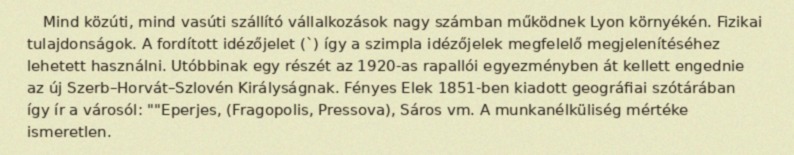
Mind közúti, mind vasúti szállító vállalkozások nagy számban működnek Lyon környékén. Fizikai tulajdonságok. A fordított idézőjelet (`) így a szimpla idézőjelek megfelelő megjelenítéséhez lehetett használni. Utóbbinak egy részét az 1920-as rapallói egyezményben át kellett engednie az új Szerb–Horvát–Szlovén Királyságnak. Fényes Elek 1851-ben kiadott geográfiai szótárában így ír a városól: ""Eperjes, (Fragopolis, Pressova), Sáros vm. A munkanélküliség mértéke ismeretlen.